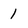
Character: 1